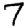
Digit: 7